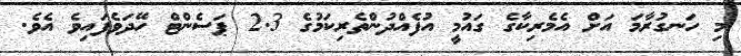
މި ހަނގުރާމަ އަށް އެމެރިކާގެ ގައުމީ އުފެއްދުންތެރިކަމުގެ 2.3 ޕަސެންޓް ހޭދަވެފައިވެ އެވެ.